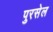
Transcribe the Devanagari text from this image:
पुरसेल